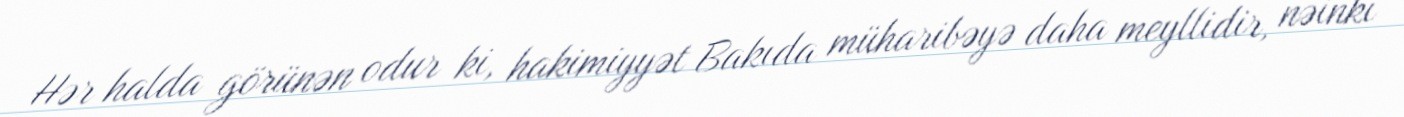
Hər halda görünən odur ki, hakimiyyət Bakıda müharibəyə daha meyllidir, nəinki